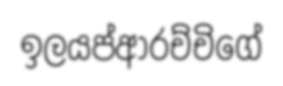
ඉලයප්ආරච්චිගේ